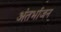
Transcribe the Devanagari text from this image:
अंतर्भाजन